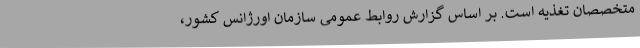
متخصصان تغذیه است. بر اساس گزارش روابط عمومی سازمان اورژانس کشور،